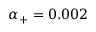
\alpha _ { + } = 0 . 0 0 2